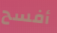
أفسح